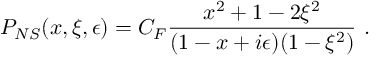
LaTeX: P _ { N S } ( x , \xi , \epsilon ) = C _ { F } { \frac { x ^ { 2 } + 1 - 2 \xi ^ { 2 } } { ( 1 - x + i \epsilon ) ( 1 - \xi ^ { 2 } ) } } \ .